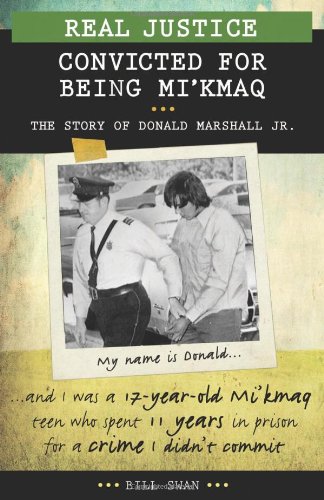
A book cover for Real Justice: Convicted for Being Mi'kmaq: The Story of Donald Marshall Jr. (Lorimer Real Justice); Bill Swan; Teen & Young Adult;